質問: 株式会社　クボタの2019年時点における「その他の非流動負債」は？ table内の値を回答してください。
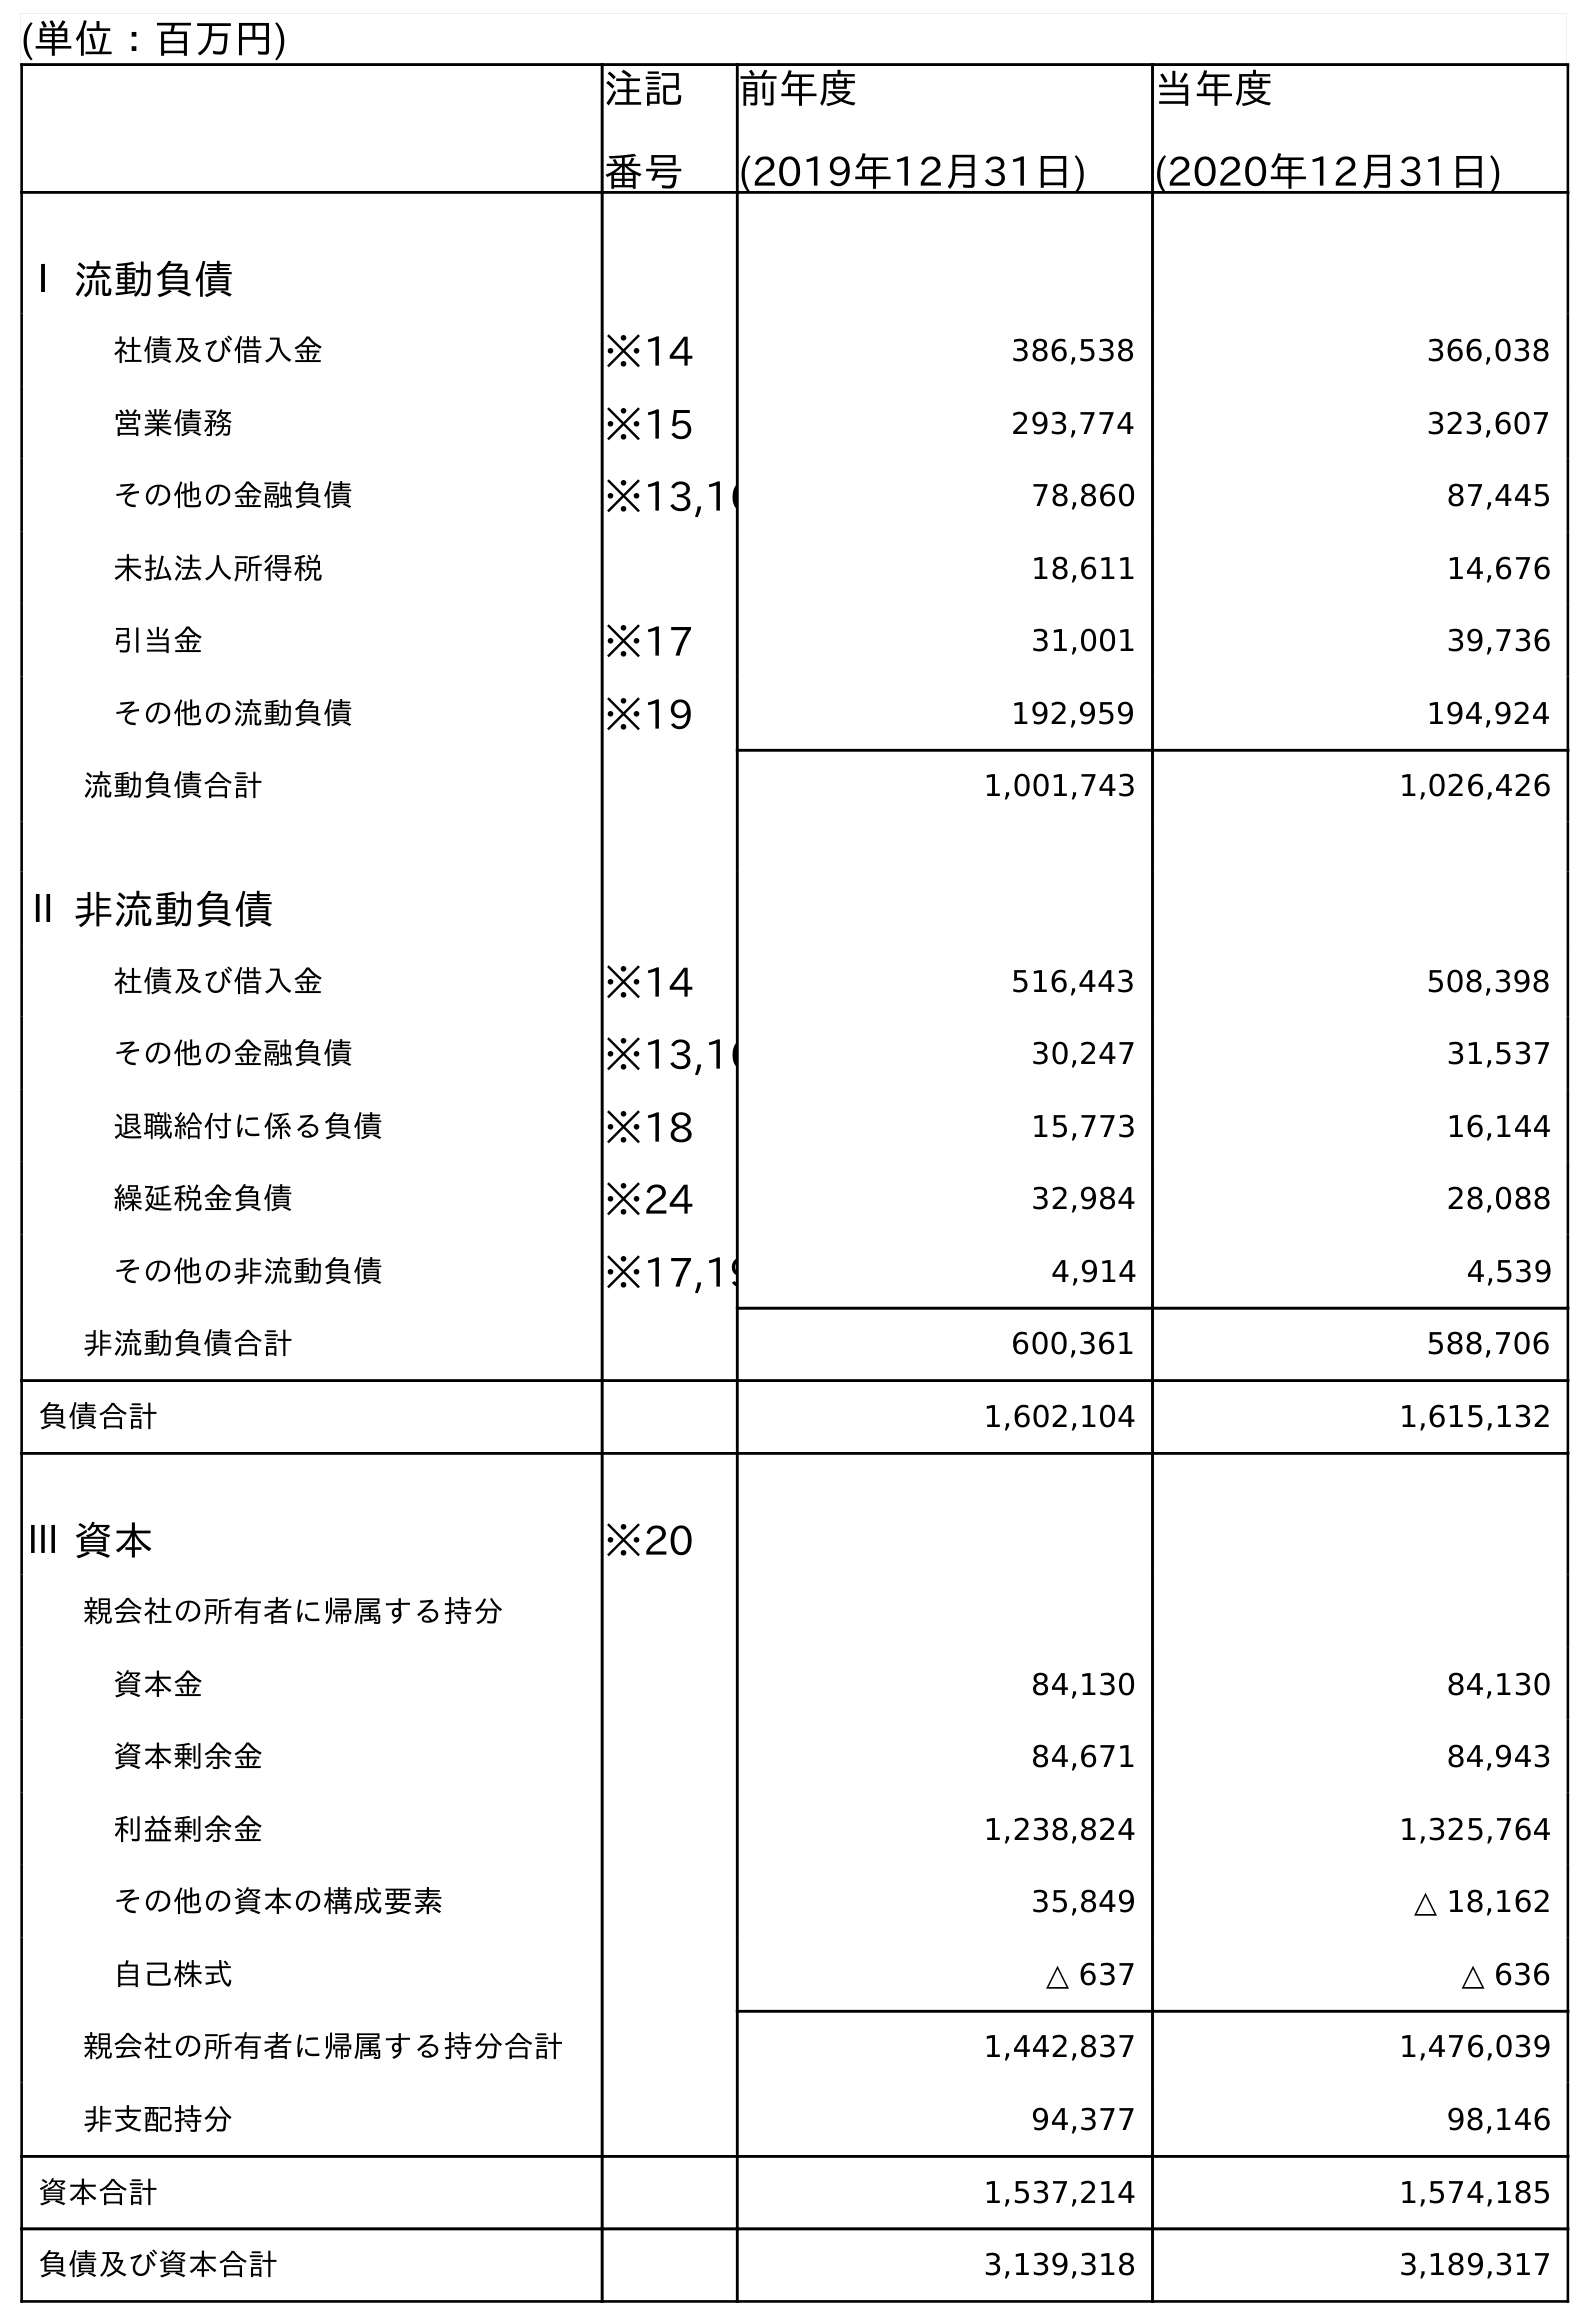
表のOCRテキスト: (単位：百万円) 注記 番号 前年度 (2019年12月31日) 当年度 (2020年12月31日) Ⅰ 流動負債 社債及び借入金 ※14 386,538 366,038 営業債務 ※15 293,774 323,607 その他の金融負債 ※13,16 78,860 87,445 未払法人所得税 18,611 14,676 引当金 ※17 31,001 39,736 その他の流動負債 ※19 192,959 194,924 流動負債合計 1,001,743 1,026,426 Ⅱ 非流動負債 社債及び借入金 ※14 516,443 508,398 その他の金融負債 ※13,16 30,247 31,537 退職給付に係る負債 ※18 15,773 16,144 繰延税金負債 ※24 32,984 28,088 その他の非流動負債 ※17,19 4,914 4,539 非流動負債合計 600,361 588,706 負債合計 1,602,104 1,615,132 Ⅲ 資本 ※20 親会社の所有者に帰属する持分 資本金 84,130 84,130 資本剰余金 84,671 84,943 利益剰余金 1,238,824 1,325,764 その他の資本の構成要素 35,849 △ 18,162 自己株式 △ 637 △ 636 親会社の所有者に帰属する持分合計 1,442,837 1,476,039 非支配持分 94,377 98,146 資本合計 1,537,214 1,574,185 負債及び資本合計 3,139,318 3,189,317
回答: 4,914